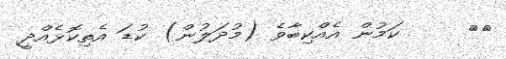
٣٤     ކަމުން އެއްކިބާވެ (މުދަލުން) ކުޑަ އެތިކޮޅެއްދީ